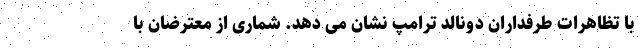
با تظاهرات طرفداران دونالد ترامپ نشان می دهد. شماری از معترضان با